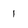
Character: 1